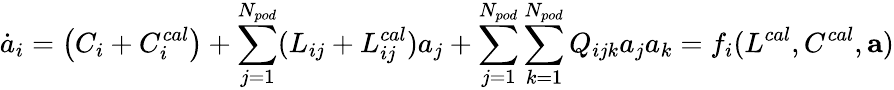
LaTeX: \dot{a}_{i}=\left(C_{i}+C_{i}^{cal}\right)+\sum_{j=1}^{N_{pod}}(L_{ij}+L_{ij}^{cal})a_{j}+\sum_{j=1}^{N_{pod}}\sum_{k=1}^{N_{pod}}Q_{ijk}a_{j}a_{k}=f_{i}(L^{cal},C^{cal},\mathbf{a})